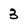
Character: 3